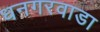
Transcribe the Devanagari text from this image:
धनगरवाडा